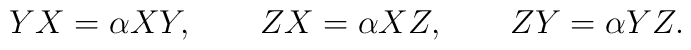
YX=\alpha XY,\qquad ZX=\alpha XZ,\qquad ZY=\alpha YZ.